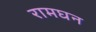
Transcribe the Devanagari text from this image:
रामघन